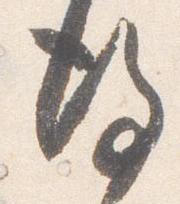
後